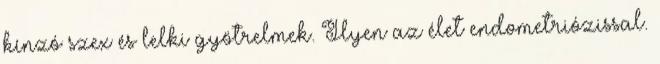
kínzó szex és lelki gyötrelmek. Ilyen az élet endometriózissal.